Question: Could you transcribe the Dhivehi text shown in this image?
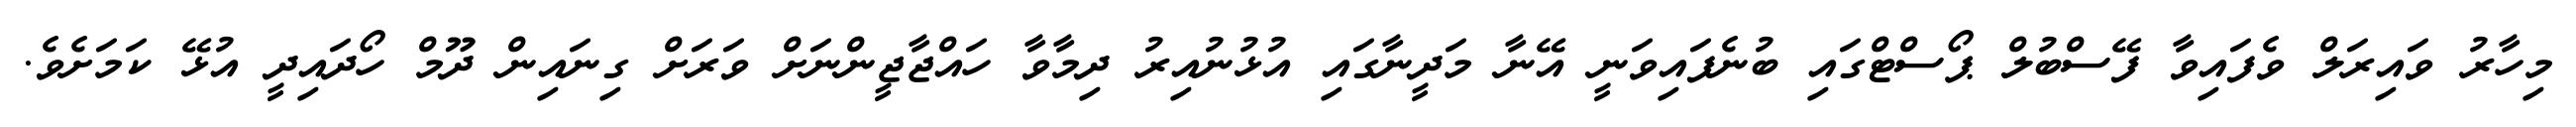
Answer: މިހާރު ވައިރަލް ވެފައިވާ ފޭސްބުލް ޕޯސްޓްގައި ބުނެފައިވަނީ އޭނާ މަދީނާގައި އުޅުނުއިރު ދިމާވާ ހައްޖާޖީންނަށް ވަރަށް ގިނައިން ދޫމް ހޯދައިދީ އުޅޭ ކަމަށެވެ.